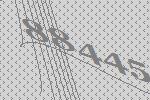
88445